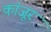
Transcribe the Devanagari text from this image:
कांजूर